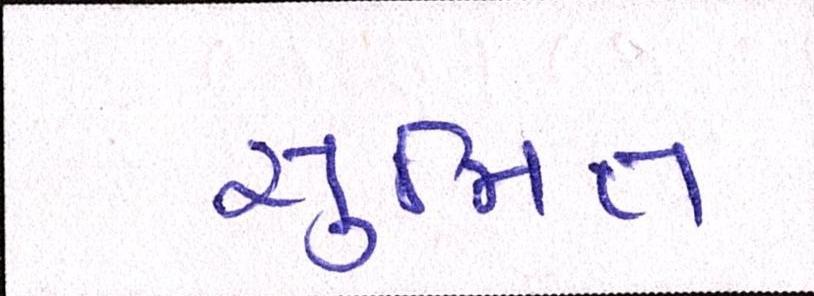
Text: સુમિત